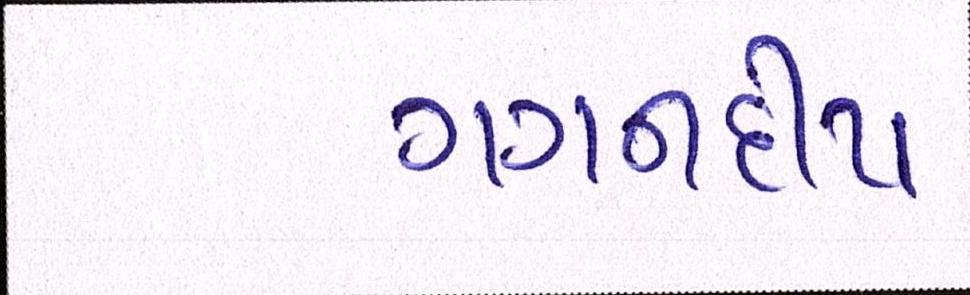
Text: ગગનદીપ